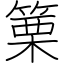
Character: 篥